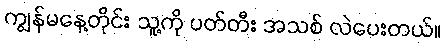
ကျွန်မနေ့တိုင်း သူ့ကို ပတ်တီး အသစ် လဲပေးတယ်။